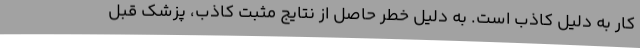
کار به دلیل کاذب است. به دلیل خطر حاصل از نتایج مثبت کاذب، پزشک قبل